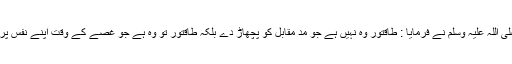
٭ حضور اکرم صلی اللہ علیہ وسلم نے فرمایا : طاقتور وہ نہیں ہے جو مد مقابل کو پچھاڑ دے بلکہ طاقتور تو وہ ہے جو غصے کے وقت اپنے نفس پر قابو رکھ سکے ۔